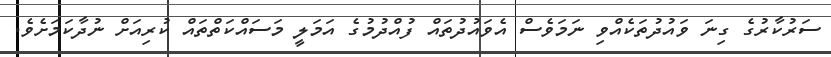
ސަރުކާރުގެ ގިނަ ވައުދުތަކެއްވި ނަމަވެސް އެވައުދުތައް ފުއްދުމުގެ އަަމަލީ މަސައްކަތްތައް ކުރިއަށް ނުދާކަމަށެވެ.